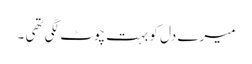
میرے دل کو بہت چوٹ لگی تھی ۔